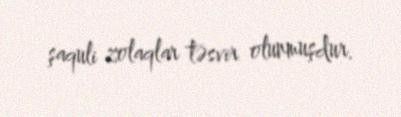
şaquli zolaqlar təsvir olunmuşdur.